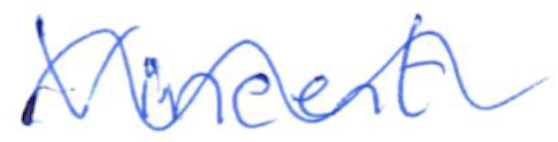
Text: Vincent
Cross-out: wave
Writing tool: ballpoint